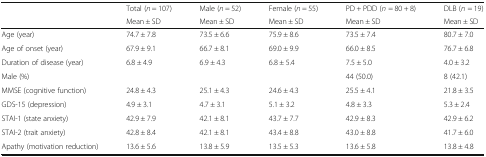
| <ROWSPAN=2>  | Total (n = 107) | Male (n = 52) | Female (n = 55) | PD + PDD (n = 80 + 8) | DLB (n = 19) |
 | Mean ± SD | Mean ± SD | Mean ± SD | Mean ± SD | Mean ± SD |
 | --- | --- | --- | --- | --- | --- |
 | Age (year) | 74.7 ± 7.8 | 73.5 ± 6.6 | 75.9 ± 8.6 | 73.5 ± 7.4 | 80.7 ± 7.0 |
 | Age of onset (year) | 67.9 ± 9.1 | 66.7 ± 8.1 | 69.0 ± 9.9 | 66.0 ± 8.5 | 76.7 ± 6.8 |
 | Duration of disease (year) | 6.8 ± 4.9 | 6.9 ± 4.3 | 6.8 ± 5.4 | 7.5 ± 5.0 | 4.0 ± 3.2 |
 | Male (%) |  |  |  | 44 (50.0) | 8 (42.1) |
 | MMSE (cognitive function) | 24.8 ± 4.3 | 25.1 ± 4.3 | 24.6 ± 4.3 | 25.5 ± 4.1 | 21.8 ± 3.5 |
 | GDS-15 (depression) | 4.9 ± 3.1 | 4.7 ± 3.1 | 5.1 ± 3.2 | 4.8 ± 3.3 | 5.3 ± 2.4 |
 | STAI-1 (state anxiety) | 42.9 ± 7.9 | 42.1 ± 8.1 | 43.7 ± 7.7 | 42.9 ± 8.3 | 42.9 ± 6.2 |
 | STAI-2 (trait anxiety) | 42.8 ± 8.4 | 42.1 ± 8.1 | 43.4 ± 8.8 | 43.0 ± 8.8 | 41.7 ± 6.0 |
 | Apathy (motivation reduction) | 13.6 ± 5.6 | 13.8 ± 5.9 | 13.5 ± 5.3 | 13.6 ± 5.8 | 13.8 ± 4.8 |